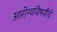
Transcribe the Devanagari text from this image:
आरोग्यविषयीचे